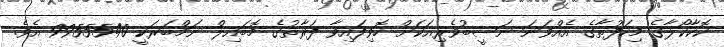
ކޮކާކޯލާގެ މިހަފުތާގެ އެއްވަނަ ނަސީބުވެރިއަކަށް ހޮވިފައިވާ ފަރާތުގެ މޮބައިލް ނަމްބަރަކީ 9955540 އެވެ.